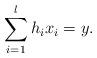
LaTeX: \begin{align*} \sum_{i=1}^l h_ix_i = y.\end{align*}